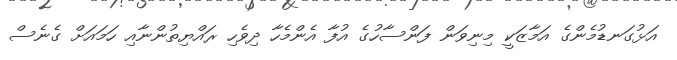
އަޅުގަނޑުމެންގެ އަމާޒަކީ މިނިވަން ފަންސާހުގެ އުފާ އެންމެހާ ދިވެހި ރައްޔިތުންނާއި ހަމައަށް ގެނެސް